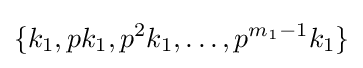
\{k_{1},pk_{1},p^{2}k_{1},\ldots ,p^{m_{1}-1}k_{1}\}